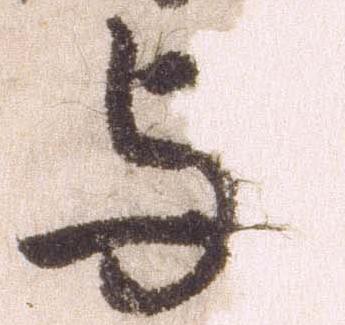
与